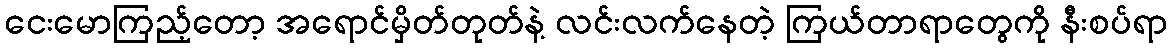
ငေးမောကြည့်တော့ အရောင်မှိတ်တုတ်နဲ့ လင်းလက်နေတဲ့ ကြယ်တာရာတွေကို နီးစပ်ရာ